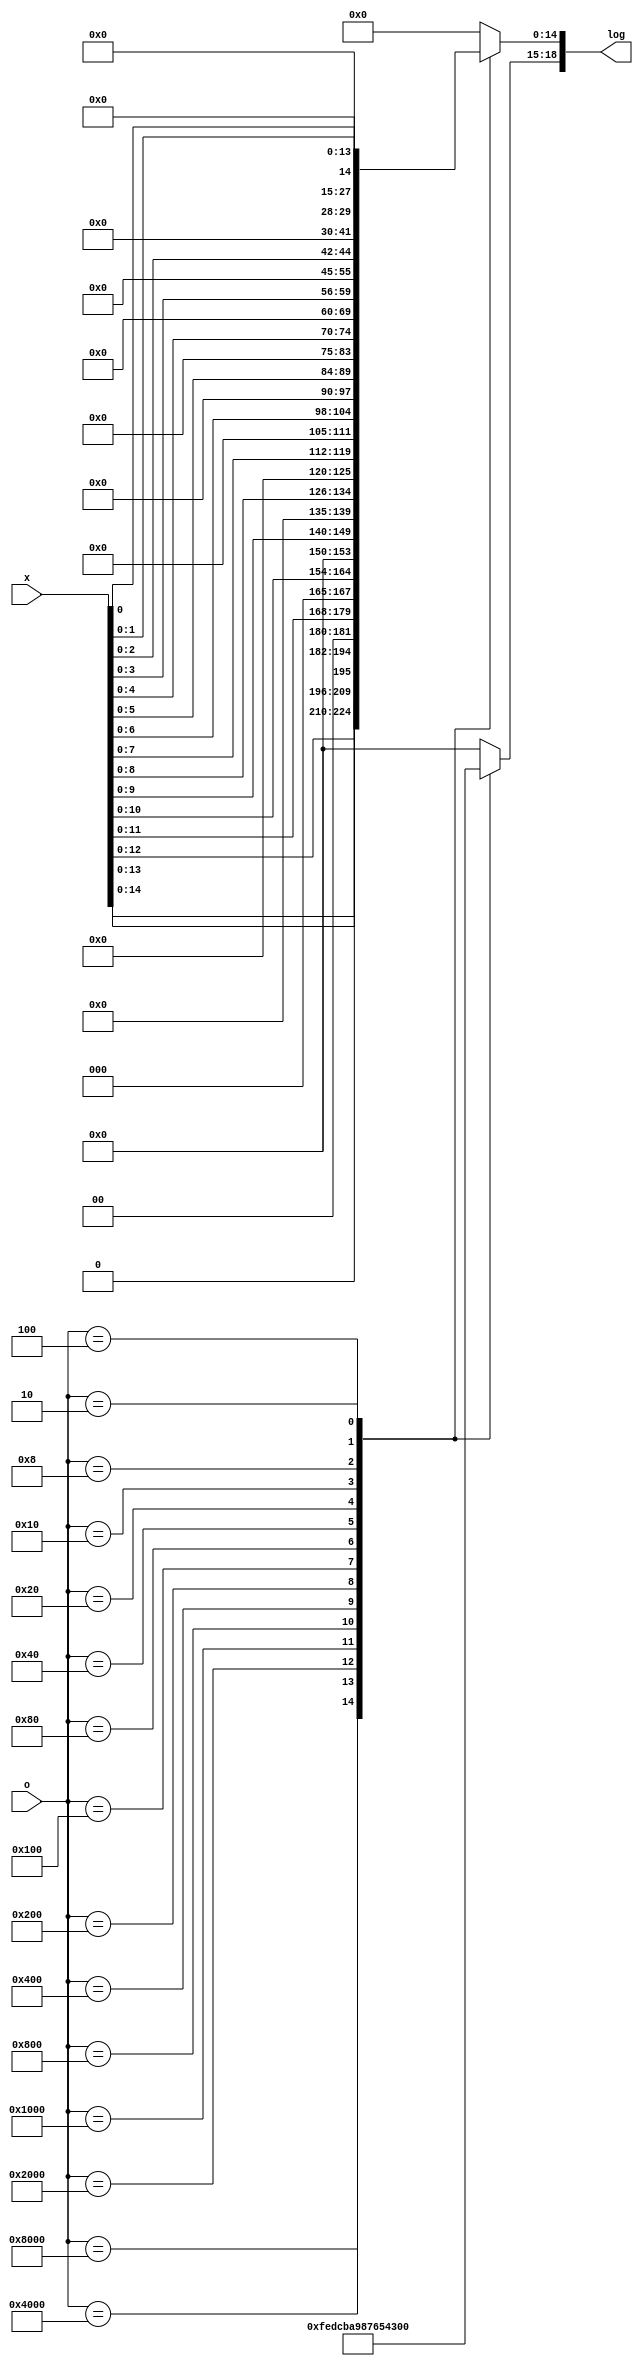
/* binary-logarithm converter */

module BLC (
    input  wire [15:0] o,
    input  wire [15:0] x,
    
    output wire  [18:0] log 
    //output wire [14:0] f /* fraction */
);
    reg [ 3:0] k;
    reg [15:0] y;
    assign log = {k, y[14:0]};

    always@(*)
    begin
        case (o)
            /*1.*/
            16'b1000_0000_0000_0000: begin
                k = 4'b1111;
                y = x      ;
            end
            16'b0100_0000_0000_0000: begin
                k = 4'b1110;
                y = x << 1 ;
            end
            16'b0010_0000_0000_0000: begin
                k = 4'b1101;
                y = x << 2 ;
            end
            16'b0001_0000_0000_0000: begin
                k = 4'b1100;
                y = x << 3 ;
            end
            /*2.*/
            16'b0000_1000_0000_0000: begin
                k = 4'b1011;
                y = x << 4 ;
            end
            16'b0000_0100_0000_0000: begin
                k = 4'b1010;
                y = x << 5 ;
            end
            16'b0000_0010_0000_0000: begin
                k = 4'b1001;
                y = x << 6 ;
            end
            16'b0000_0001_0000_0000: begin
                k = 4'b1000;
                y = x << 7 ;
            end
            /*3.*/
            16'b0000_0000_1000_0000: begin
                k = 4'b0111;
                y = x << 8 ;
            end
            16'b0000_0000_0100_0000: begin
                k = 4'b0110;
                y = x << 9 ;
            end
            16'b0000_0000_0010_0000: begin
                k = 4'b0101;
                y = x << 10;
            end
            16'b0000_0000_0001_0000: begin
                k = 4'b0100;
                y = x << 11;
            end
            /*4.*/
            16'b0000_0000_0000_1000: begin
                k = 4'b0011;
                y = x << 12;
            end
            16'b0000_0000_0000_0100: begin
                k = 4'b0010;
                y = x << 13;
            end
            16'b0000_0000_0000_0010: begin
                k = 4'b0001;
                y = x << 14;
            end
            16'b0000_0000_0000_0001: begin
                k = 4'b0000;
                y = 16'b0  ;
            end
            default: begin
                k = 4'b0000;
                y = 16'b0  ;
            end
        endcase
    end
    
    


endmodule